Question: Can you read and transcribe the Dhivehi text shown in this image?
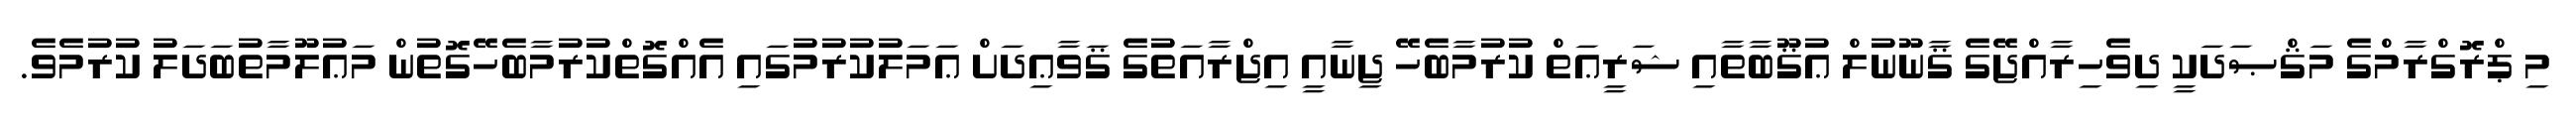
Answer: މި ޕްރޮގްރާމްގެ މަޤްޞަދަކީ ދިވެހިރާއްޖޭގެ ޤާނޫނުލް ޢުޤޫބާތާއި ޝަރީޢަތް ކުރުމާބެހޭ ޖިނާއީ އިޖްރާއަތުގެ ޤަވާޢިދަށް ޢަމަލުކުރުމުގައި އެއްގޮތްކުރުމާބެހޭގޮތުން މަޢުލޫމާތުބަދަލު ކުރުމެވެ.